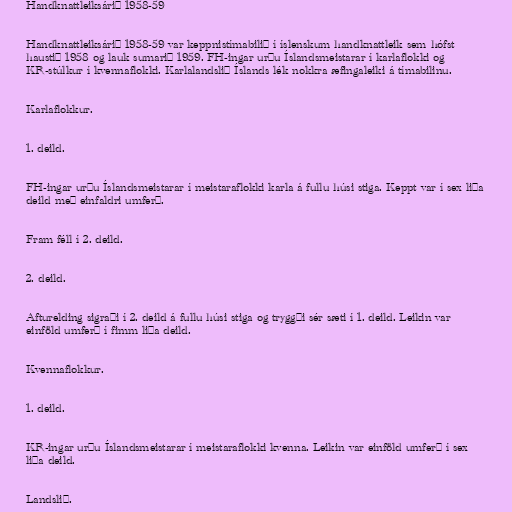
Handknattleiksárið 1958-59

Handknattleiksárið 1958-59 var keppnistímabilið í íslenskum handknattleik sem hófst
haustið 1958 og lauk sumarið 1959. FH-ingar urðu Íslandsmeistarar í karlaflokki og
KR-stúlkur í kvennaflokki. Karlalandslið Íslands lék nokkra æfingaleiki á tímabilinu.

Karlaflokkur.

1. deild.

FH-ingar urðu Íslandsmeistarar í meistaraflokki karla á fullu húsi stiga. Keppt var í sex liða
deild með einfaldri umferð.

Fram féll í 2. deild.

2. deild.

Afturelding sigraði í 2. deild á fullu húsi stiga og tryggði sér sæti í 1. deild. Leikin var
einföld umferð í fimm liða deild.

Kvennaflokkur.

1. deild.

KR-ingar urðu Íslandsmeistarar í meistaraflokki kvenna. Leikin var einföld umferð í sex
liða deild.

Landslið.